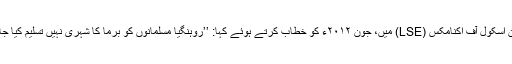
اس نے لندن اسکول آف اکنامکس (LSE) میں، جون ۲۰۱۲ء کو خطاب کرتے ہوئے کہا: ’’روہنگیا مسلمانوں کو برما کا شہری نہیں تسلیم کیا جانا چاہیے‘‘۔